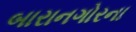
બારાનગોરના